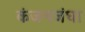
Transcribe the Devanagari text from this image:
कंजनजंघा